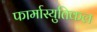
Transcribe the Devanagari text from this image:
फार्मास्युतिकल